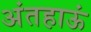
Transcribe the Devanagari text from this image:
अंतहाऊं